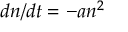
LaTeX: d n / d t = - a n ^ { 2 }